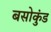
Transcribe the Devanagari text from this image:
बसोकुंड